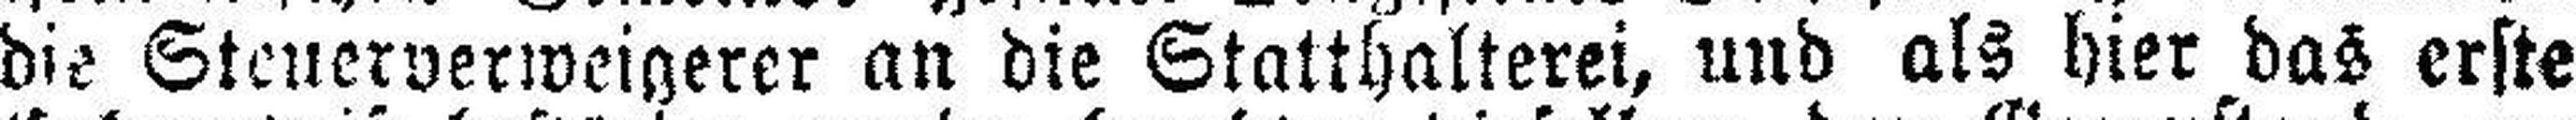
die Steuerverweigerer an die Statthalterei, und als hier das erste